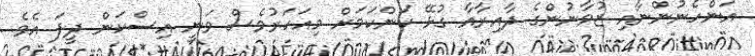
އަންހެނުންނާއި ޒުވާނުންގެ ދާއިރާއާ ގުޅޭ ކަންކަމަށް މިއަހަރުވެސް ވަނީ އިސްކަން ދީފަ އެވެ.